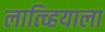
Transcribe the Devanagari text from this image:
लात्व्हियाला